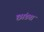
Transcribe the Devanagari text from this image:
छांड्या